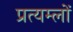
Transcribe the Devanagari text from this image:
प्रत्यम्लों